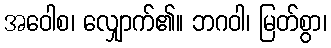
အဝေါစ၊ လျှောက်၏။ ဘဂဝါ၊ မြတ်စွာ၊